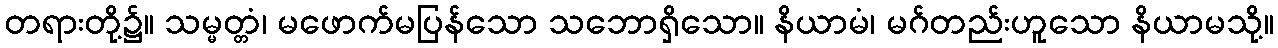
တရားတို့၌။ သမ္မတ္တံ၊ မဖောက်မပြန်သော သဘောရှိသော။ နိယာမံ၊ မဂ်တည်းဟူသော နိယာမသို့။